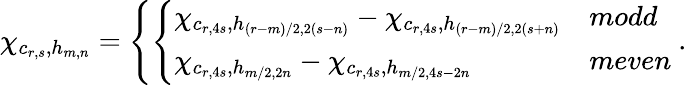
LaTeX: \chi_{c_{r,s},h_{m,n}}=\left\{ \left\{ \begin{array}{ll}{{\chi_{c_{r,4s},h_{(r-m)/2,2(s-n)}}-\chi_{c_{r,4s},h_{(r-m)/2,2(s+n)}}}}&{{modd}}\\ {{\chi_{c_{r,4s},h_{m/2,2n}}-\chi_{c_{r,4s},h_{m/2,4s-2n}}}}&{{meven}}\end{array}\right.\right.\ .